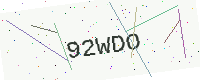
Text: 92WDO